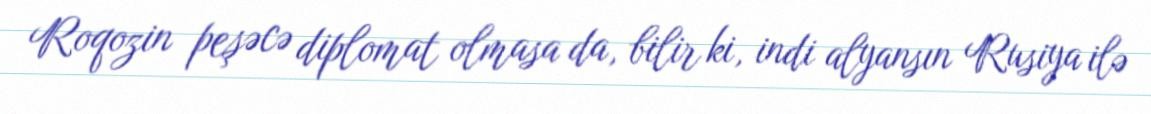
Roqozin peşəcə diplomat olmasa da, bilir ki, indi alyansın Rusiya ilə